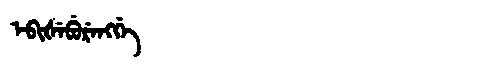
Manchu: ᡝᠪᡳᡧᡝᠪᡠᡵᡝᠩᡤᡝ
Romanization: EBIŠEBURENGGE